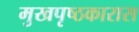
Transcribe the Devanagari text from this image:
मुखपृष्ठकारास